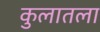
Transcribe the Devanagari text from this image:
कुलातला